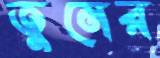
তুনের